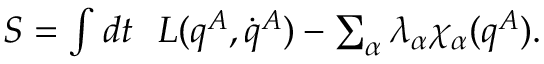
\begin{array} { r } { S = \int d t ~ ~ L ( q ^ { A } , \dot { q } ^ { A } ) - \sum _ { \alpha } \lambda _ { \alpha } \chi _ { \alpha } ( q ^ { A } ) . } \end{array}